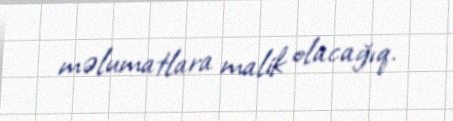
məlumatlara malik olacağıq.